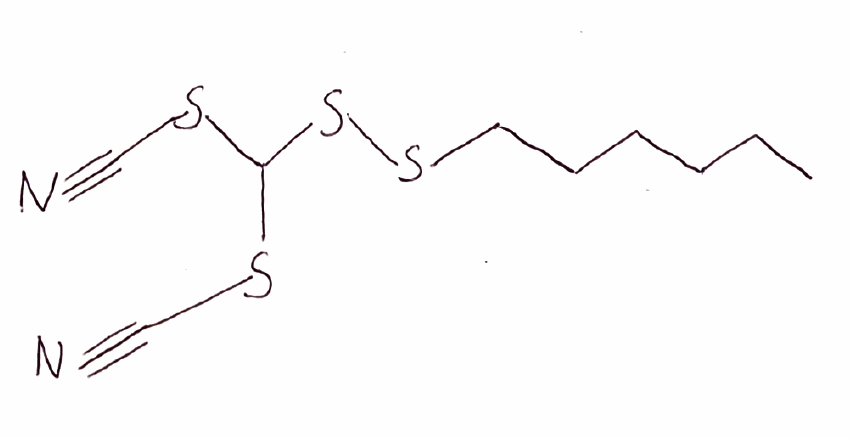
Simplified molecular-input line-entry system (SMILES) notation of the given molecule:
CCCCCCSSC(SC#N)SC#N